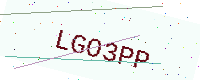
Text: LGO3PP